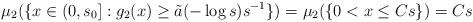
LaTeX: \begin{align*}\mu_2(\{x\in(0,s_0]:g_2(x)\geq \tilde a(-\log s)s^{-1}\})=\mu_2(\{0<x\leq Cs\})=Cs\end{align*}